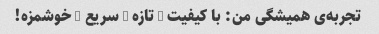
تجربه‌ی همیشگی من: با کیفیت + تازه + سریع + خوشمزه!